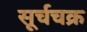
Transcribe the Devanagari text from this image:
सूर्चचक्र